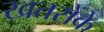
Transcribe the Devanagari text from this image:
खतरोंके